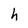
Character: h